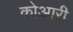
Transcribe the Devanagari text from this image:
कोआरी